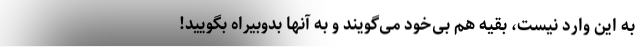
به این وارد نیست، بقیه هم بی‌خود می‌گویند و به آنها بد‌و‌بیراه بگویید!